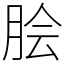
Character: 脍